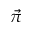
\vec { \pi }